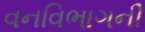
વનવિભાગની